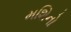
મશિનો